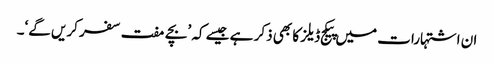
ان اشتہارات میں پیکج ڈیلز کا بھی ذکر ہے جیسے کہ ’بچے مفت سفر کریں گے‘۔